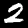
Digit: 2